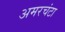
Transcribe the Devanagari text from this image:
अमरचंटा